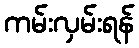
ကမ်းလှမ်းရန်